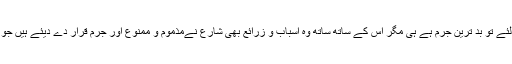
کسی کا قتل ناحق قاتل کے لئے تو بد ترین جرم ہے ہی مگر اس کے ساتھ ساتھ وہ اسباب و زرائع بھی شارع نےمذموم و ممنوع اور جرم قرار دے دیئے ہیں جو قتل پر منتج ہو سکتے ہوں۔